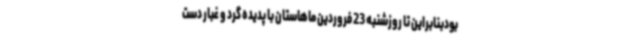
بودبنابراین تا روزشنبه 23 فروردین ماهاستان با پدیده گرد و غبار دست